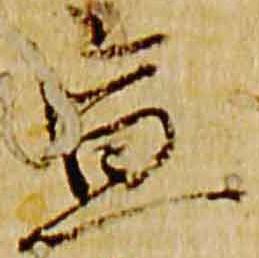
宣